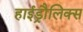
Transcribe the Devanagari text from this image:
हाईड्रौलिक्स